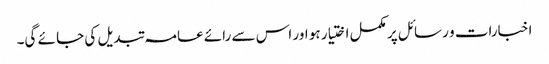
اخبارات و رسائل پر مکمل اختیار ہو اور اس سے رائے عامہ تبدیل کی جا ئے گی۔